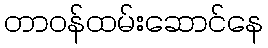
တာဝန်ထမ်းဆောင်နေ